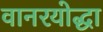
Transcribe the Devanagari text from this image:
वानरयोद्धा